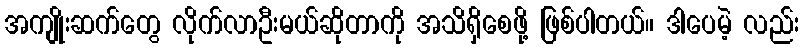
အကျိုးဆက်တွေ လိုက်လာဦးမယ်ဆိုတာကို အသိရှိစေဖို့ ဖြစ်ပါတယ်။ ဒါပေမဲ့ လည်း